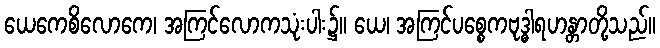
ယေကေစိလောကေ၊ အကြင်လောကသုံးပါး၌။ ယေ၊ အကြင်ပစ္စေကဗုဒ္ဓါရဟန္တာတို့သည်။